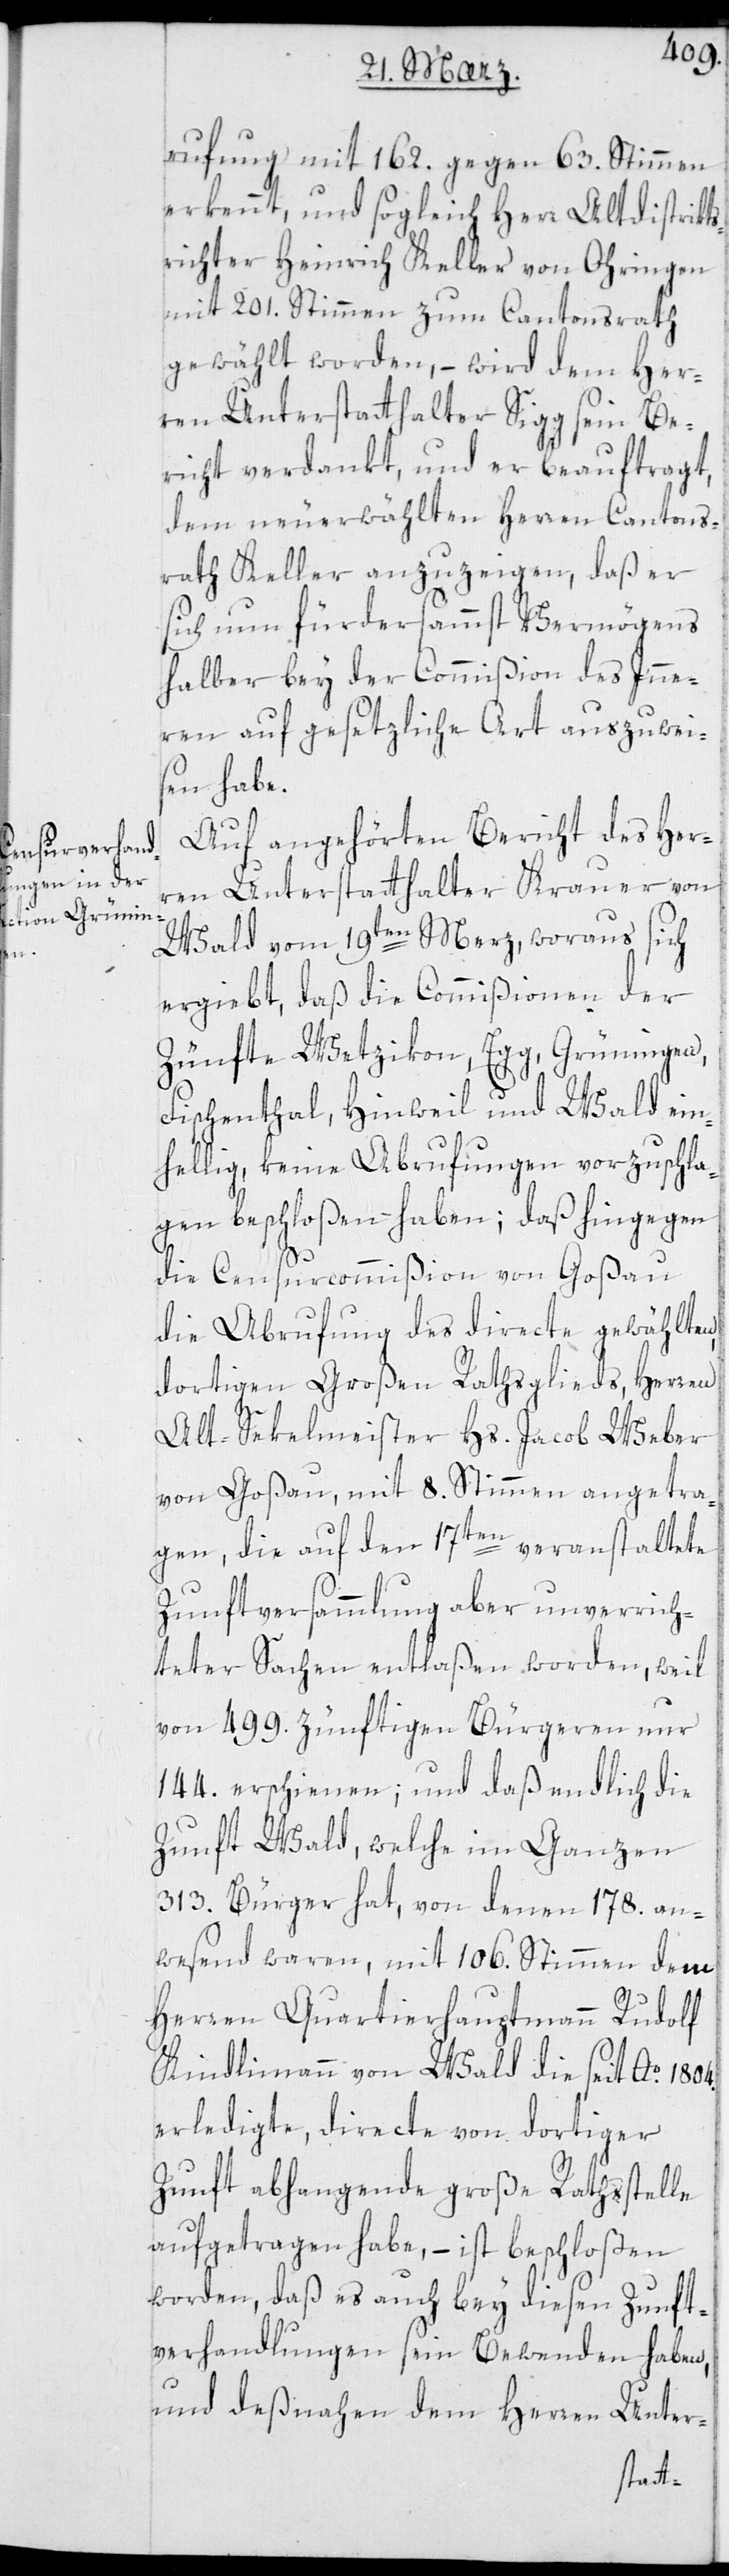
rufung mit 162. gegen 63. Stimmen
erkennt, und sogleich Herr Altdistrikts¬
richter Heinrich Keller von Ohringen
mit 201. Stimmen zum Cantonsrath
gewählt worden, – wird dem Herr¬
en Unterstatthalter Sigg sein Be¬
richt verdankt, und er beauftragt,
dem neu erwählten Herren Cantons¬
rath Keller anzuzeigen, daß er
sich nun fürdersammst Vermögens
halber bey der Commißion des Inne¬
rn auf gesetzliche Art auszuwei¬
sen habe.
Auf angehörten Bericht des Her¬
ren Unterstatthalter Krauer von
Wald vom 19ten Merz, woraus sich
ergiebt, daß die Commißionen der
Zünfte Wetzikon, Egg, Grüningen,
Fischenthal, Hinweil und Wald ein¬
hellig, keine Abrufungen vorzuschla¬
gen beschloßen haben; daß hingegen
die Censurcommißion von Goßau,
die Abrufung des directe gewählten
dortigen Großen Rathsglieds, Herren
Alt-Sekelmeister Hs. Jacob Weber
von Goßau, mit 8. Stimmen angetra¬
gen, die auf den 17ten veranstaltete
Zunftversammlung aber unverrich¬
teter Sachen entlaßen worden, weil
von 499. zünftigen Bürgeren nur
144. erschienen; und daß endlich die
Zunft Wald, welche im Ganzen
313. Bürger hat, von denen 178. an¬
wesend waren, mit 106. Stimmen dem
Herren Quartierhauptmann Rudolf
Kindlimann von Wald die seit Ao. 1804.
erledigte, directe von dortiger
Zunft abhangende große Rathsstelle
aufgetragen habe, – ist beschloßen
worden, daß es auch bey diesen Zunft¬
verhandlungen sein Bewenden haben,
und deßnahen dem Herren Unter-